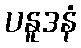
ပနူဒနံ